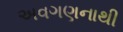
અવગણનાથી